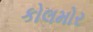
કોલમોર